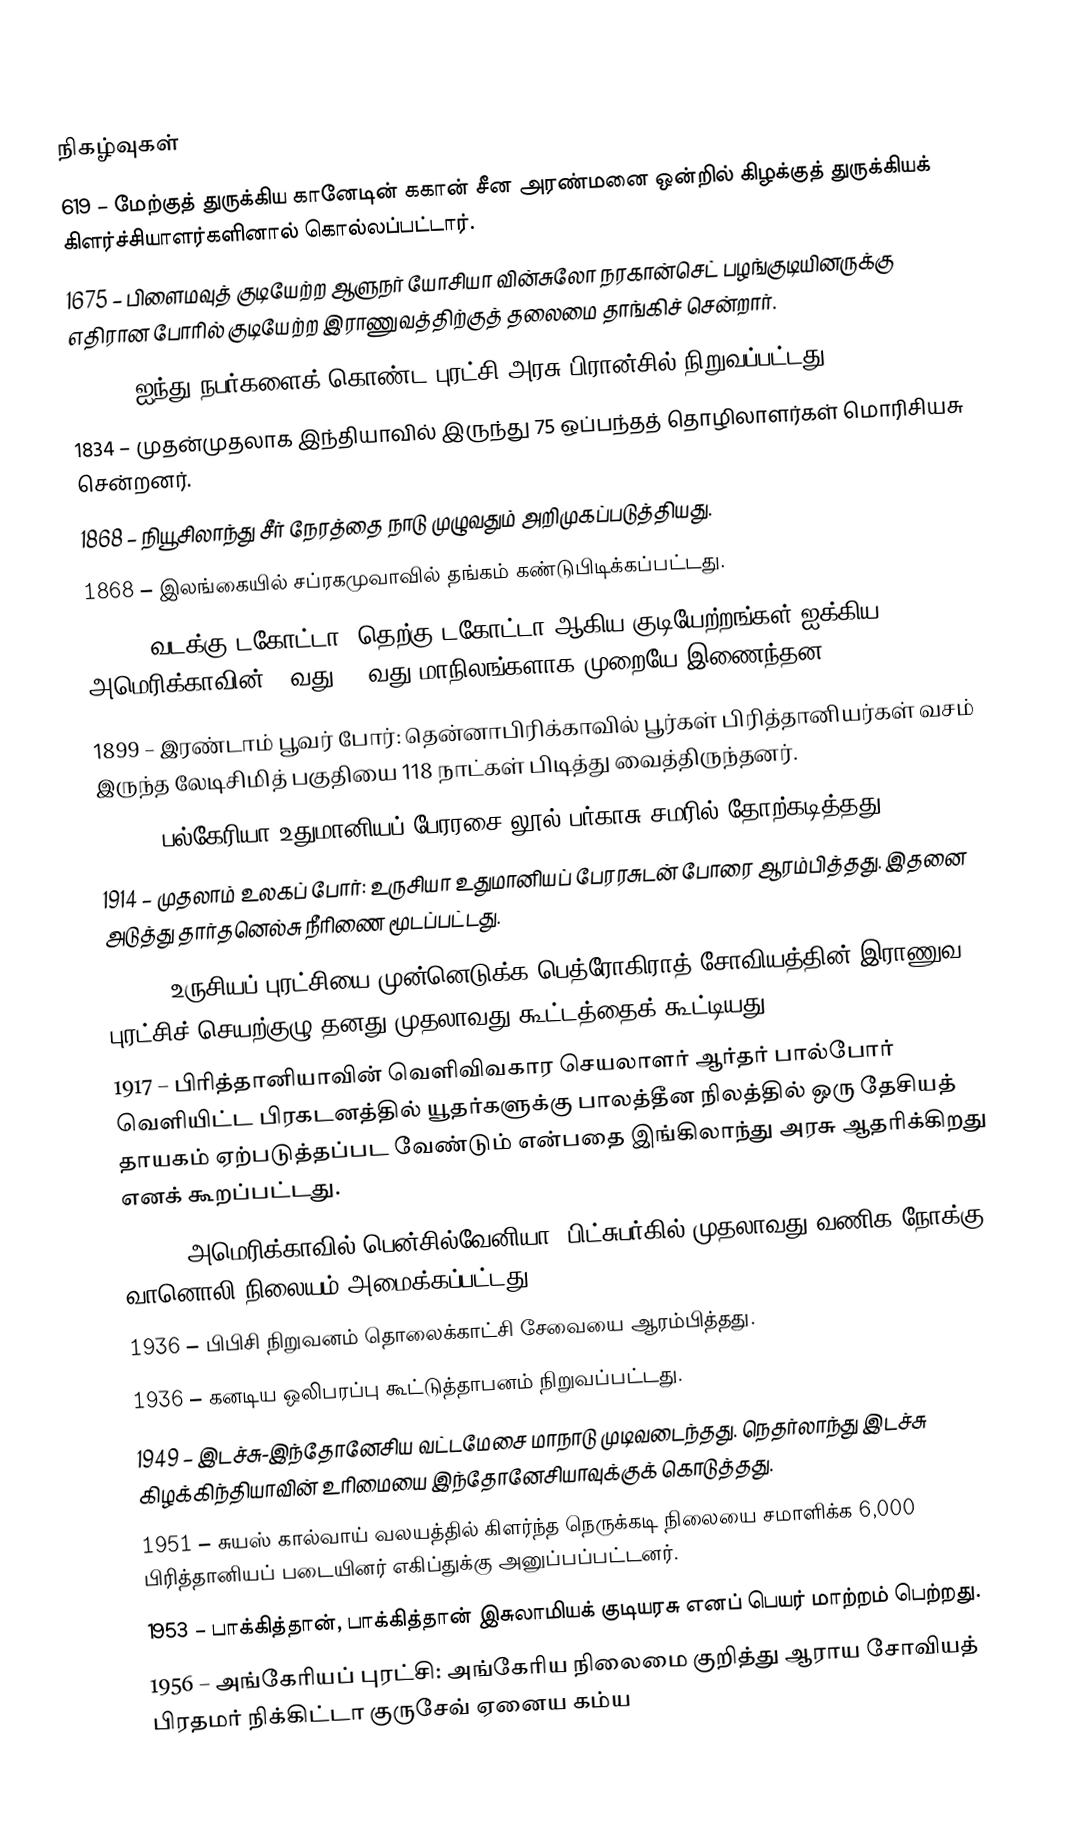

நிகழ்வுகள்
619 – மேற்குத் துருக்கிய கானேடின் ககான் சீன அரண்மனை ஒன்றில் கிழக்குத் துருக்கியக் கிளர்ச்சியாளர்களினால் கொல்லப்பட்டார்.
1675 – பிளைமவுத் குடியேற்ற ஆளுநர் யோசியா வின்சுலோ நரகான்செட் பழங்குடியினருக்கு எதிரான போரில் குடியேற்ற இராணுவத்திற்குத் தலைமை தாங்கிச் சென்றார்.
1795 – ஐந்து நபர்களைக் கொண்ட புரட்சி அரசு பிரான்சில் நிறுவப்பட்டது.
1834 – முதன்முதலாக இந்தியாவில் இருந்து 75 ஒப்பந்தத் தொழிலாளர்கள் மொரிசியசு சென்றனர்.
1868 – நியூசிலாந்து சீர் நேரத்தை நாடு முழுவதும் அறிமுகப்படுத்தியது.
1868 – இலங்கையில் சப்ரகமுவாவில் தங்கம் கண்டுபிடிக்கப்பட்டது.
1889 – வடக்கு டகோட்டா, தெற்கு டகோட்டா ஆகிய குடியேற்றங்கள் ஐக்கிய அமெரிக்காவின் 39வது, 40வது மாநிலங்களாக முறையே இணைந்தன.
1899 – இரண்டாம் பூவர் போர்: தென்னாபிரிக்காவில் பூர்கள் பிரித்தானியர்கள் வசம் இருந்த லேடிசிமித் பகுதியை 118 நாட்கள் பிடித்து வைத்திருந்தனர்.
1912 – பல்கேரியா உதுமானியப் பேரரசை லூல் பர்காசு சமரில் தோற்கடித்தது.
1914 – முதலாம் உலகப் போர்: உருசியா உதுமானியப் பேரரசுடன் போரை ஆரம்பித்தது. இதனை அடுத்து தார்தனெல்சு நீரிணை மூடப்பட்டது.
1917 – உருசியப் புரட்சியை முன்னெடுக்க பெத்ரோகிராத் சோவியத்தின் இராணுவ புரட்சிச் செயற்குழு தனது முதலாவது கூட்டத்தைக் கூட்டியது.
1917 – பிரித்தானியாவின் வெளிவிவகார செயலாளர் ஆர்தர் பால்போர் வெளியிட்ட  பிரகடனத்தில் யூதர்களுக்கு பாலத்தீன நிலத்தில் ஒரு தேசியத் தாயகம் ஏற்படுத்தப்பட வேண்டும் என்பதை இங்கிலாந்து அரசு ஆதரிக்கிறது எனக் கூறப்பட்டது.
1920 – அமெரிக்காவில் பென்சில்வேனியா, பிட்சுபர்கில் முதலாவது வணிக-நோக்கு வானொலி நிலையம் அமைக்கப்பட்டது.
1936 – பிபிசி நிறுவனம் தொலைக்காட்சி சேவையை ஆரம்பித்தது.
1936 – கனடிய ஒலிபரப்பு கூட்டுத்தாபனம் நிறுவப்பட்டது.
1949 – இடச்சு-இந்தோனேசிய வட்டமேசை மாநாடு முடிவடைந்தது. நெதர்லாந்து இடச்சு கிழக்கிந்தியாவின் உரிமையை இந்தோனேசியாவுக்குக் கொடுத்தது.
1951 – சுயஸ் கால்வாய் வலயத்தில் கிளர்ந்த நெருக்கடி நிலையை சமாளிக்க 6,000 பிரித்தானியப் படையினர் எகிப்துக்கு அனுப்பப்பட்டனர்.
1953 – பாக்கித்தான், பாக்கித்தான் இசுலாமியக் குடியரசு எனப் பெயர் மாற்றம் பெற்றது.
1956 – அங்கேரியப் புரட்சி: அங்கேரிய நிலைமை குறித்து ஆராய சோவியத் பிரதமர் நிக்கிட்டா குருசேவ் ஏனைய கம்ய